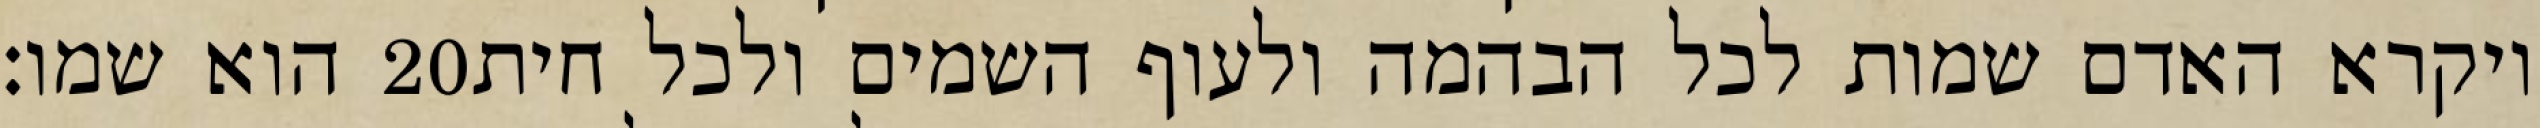
הוא שמו׃ ‎20‏ ויקרא האדם שמות לכל הבהמה ולעוף השמים ולכל חית